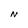
Character: N